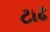
ટાઢ